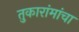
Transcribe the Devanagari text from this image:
तुकारांमांचा